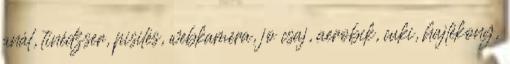
anál, tinédzser, pisilés, webkamera, jo csaj, aerobik, cuki, hajlékony,